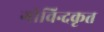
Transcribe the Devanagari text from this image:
गोविन्दकृत